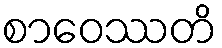
စာဝေဿတိ